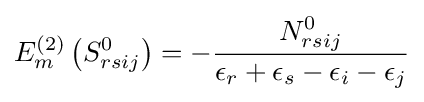
E_{m}^{(2)}\left(S_{rsij}^{0}\right)=-{\frac {N_{rsij}^{0}}{\epsilon _{r}+\epsilon _{s}-\epsilon _{i}-\epsilon _{j}}}